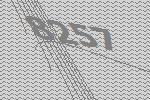
8257